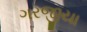
ગરજીયા